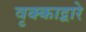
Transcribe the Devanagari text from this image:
वृक्काद्वारे